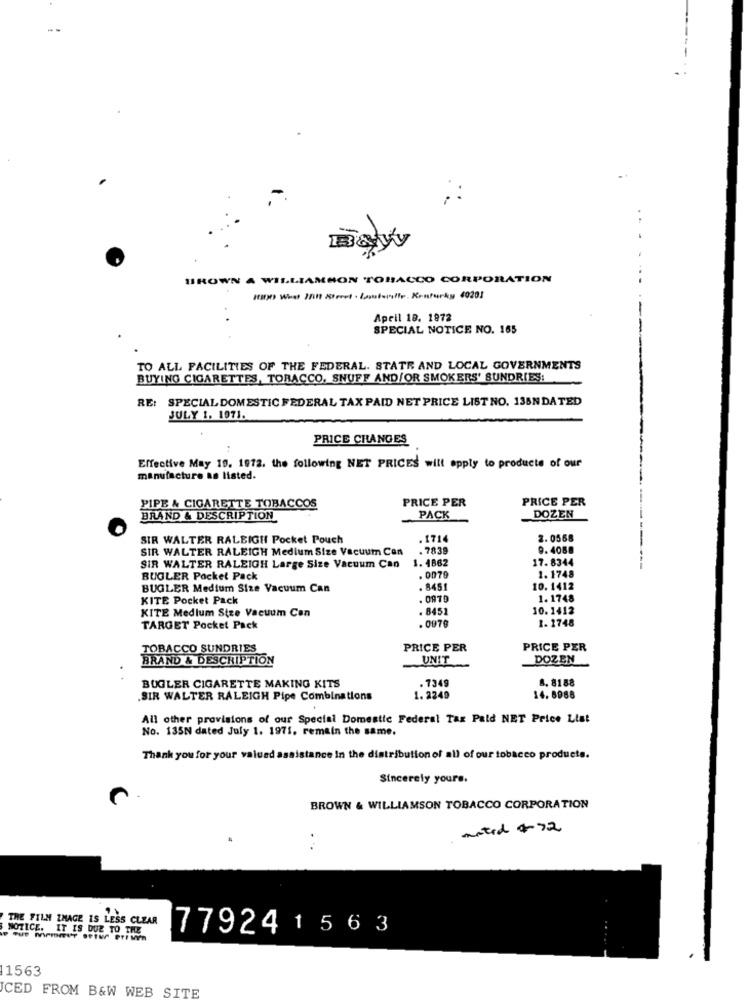
BROWN A WILLIAMSON TOBACCO CORPORATION
Ha Wher In11 Arvet . latomhle. Konturky 40201
April 18. 1972
SPECIAL NOTICE NO. 165
TO ALL FACILITIES OF THE FEDERAL. STATE AND LOCAL GOVERNMENTS
BUYING CIGARETTES, TORACCO, SNUFF AND/OR SMOKERS' SUNDRIES:
RE: SPECIAL DOMESTIC FEDERAL TAX PAID NET PRICE LIST NO. 136N DATED
JULY 1. 1971.
PRICE CHANGES
Effective May 19. 1972. the following NET PRICES will apply to products of our
manufacture as listed.
PRICE PER
PRICE PER
PIPE & CIGARETTE TOBACCOS
BRAND & DESCRIPTION
PACK
DOZEN
SIR WALTER RALEIGH Pocket Pouch
.1714
2. 0568
SIR WALTER RALEIGH Medium Size Vacuum Con
.7839
9.4088
1. 4862
17.8344
SIR WALTER RALEIGH Large Size Vacuum Can
---------
BUGLER Pocket Pack
. 0079
1.1748
BUGLER Medium Size Vacuum Can
. 8451
10.1412
KITE Pocket Pack
. 0979
1.1748
KITE Medlum Stee Vacuum Can
. 845
10.1412
. 0978
1- 1748
TARGET Pocket Pack
TOBACCO SUNDRIES
PRICE PER
PRICE PER
BRAND & DESCRIPTION
UNIT
DOZEN
. 7349
8. 8188
BUGLER CIGARETTE MAKING KITS
SIR WALTER RALEIGH Pipe Combinations
1. 2249
14. 8988
All other provisions of our Special Domestic Federal Tax Pald NET Price List
No. 135N dated July 1. 1971. remain the same.
Thank you for your valued assistance In the distribution of all of our tobacco products.
Sincerely yours.
BROWN & WILLIAMSON TOBACCO CORPORATION
anted #72
THE FILM IMAGE IS LESS CLEAR
NOTICE. IT IS DUE TO THE
77924 1 5 6 3
11563
ICED FROM B&W WEB SITE